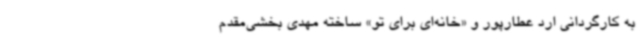
به کارگردانی ارد عطارپور و «خانه‌ای برای تو» ساخته مهدی بخشی‌مقدم